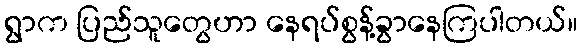
ရွာက ပြည်သူတွေဟာ နေရပ်စွန့်ခွာနေကြပါတယ်။